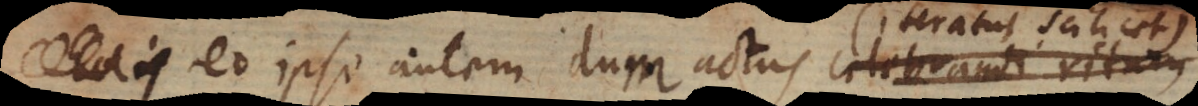
ur. Eo ipso autem dum actus celebrandi ritum